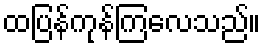
ထပြန်ကုန်ကြလေသည်။